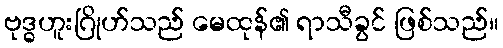
ဗုဒ္ဓဟူးဂြိုဟ်သည် မေထုန်၏ ရာသီခွင် ဖြစ်သည်။